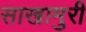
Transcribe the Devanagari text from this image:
साखामुरी